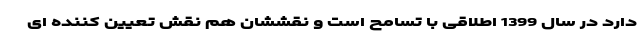
دارد در سال 1399 اطلاقی با تسامح است و نقششان هم نقش تعیین کننده ای